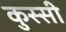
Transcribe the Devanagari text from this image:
कुस्सी